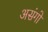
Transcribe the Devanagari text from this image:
असंगो